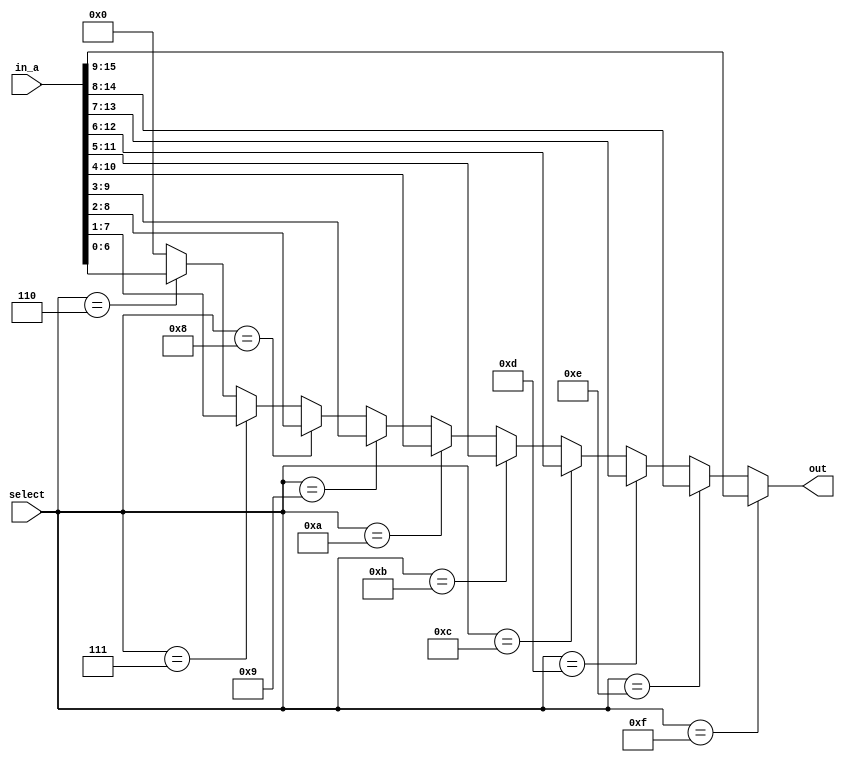
// This program was cloned from: https://github.com/iCAS-Lab/APTPU
// License: MIT License

// MIT License
// 
// Copyright (c) 2021-2024 iCAS Lab
// 
// Permission is hereby granted, free of charge, to any person obtaining a copy
// of this software and associated documentation files (the "Software"), to deal
// in the Software without restriction, including without limitation the rights
// to use, copy, modify, merge, publish, distribute, sublicense, and/or sell
// copies of the Software, and to permit persons to whom the Software is
// furnished to do so, subject to the following conditions:
// 
// The above copyright notice and this permission notice shall be included in all
// copies or substantial portions of the Software.
// 
// THE SOFTWARE IS PROVIDED "AS IS", WITHOUT WARRANTY OF ANY KIND, EXPRESS OR
// IMPLIED, INCLUDING BUT NOT LIMITED TO THE WARRANTIES OF MERCHANTABILITY,
// FITNESS FOR A PARTICULAR PURPOSE AND NONINFRINGEMENT. IN NO EVENT SHALL THE
// AUTHORS OR COPYRIGHT HOLDERS BE LIABLE FOR ANY CLAIM, DAMAGES OR OTHER
// LIABILITY, WHETHER IN AN ACTION OF CONTRACT, TORT OR OTHERWISE, ARISING FROM,
// OUT OF OR IN CONNECTION WITH THE SOFTWARE OR THE USE OR OTHER DEALINGS IN THE
// SOFTWARE.

// Company: iCAS Lab, University of South Carolina
// Design Name: 
// Module Name: Dynamic_truncation
// Project Name: 
// Target Devices: 
// Tool Versions: 
// Description: 
// 
// Dependencies: 
// 
// Revision:
// Revision 0.01 - File Created
// Additional Comments:
// 
//////////////////////////////////////////////////////////////////////////////////


`timescale 1ns / 1ps

`define GEN 
module Dynamic_truncation #(
    parameter BW = 16,
    parameter MULT_DW = 6                       
    )        (
    
    `ifdef GEN
        input [BW-1:0] in_a,
        input [$clog2(BW)-1:0] select, 
        output reg [MULT_DW:0] out
    `else 
        input [7:0] in_a,
        input [2:0] select,
        output reg [1:0] 
    `endif 
    
    );
    
    `ifdef GEN
        integer k; 
        always @(*) begin 
            out = 'b0;
            for (k=MULT_DW; k <(BW); k=k+1) begin : mux_gen_blk
                if(select == k[$clog2(BW)-1:0]) 
                    out = in_a [k -: (MULT_DW+1)]; 
            end
        end
    `else 
        always @(*) begin 
            case (select)        // synopsys full_case parallel_case 
                3'd4: out = [in_a[3],in_a[2]};
                3'd5: out = {in_a[4],in_a[3]} ; 
                3'd6: out = {in_a[5],in_a[4]};
                3'd7: out = [in_a[6],in_a[5]};
                default: out = 2'b00;
            endcase
        end    
    `endif 
        
endmodule